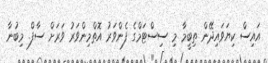
އައިސް ކިޔަވައިދޭން ތިބީމާ މި ސިސްޓަމްގެ ފެންވަރު އޮތްމިންވަރު ވަރަށް ސާފް. މިބުނާ